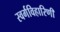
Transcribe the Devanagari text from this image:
स्वर्गविहारिणी